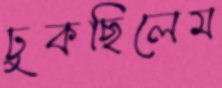
ঢুকছিলেম